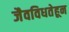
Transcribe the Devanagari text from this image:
जैवविधतेहून